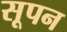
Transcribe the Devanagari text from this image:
सूपन